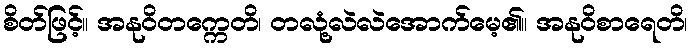
စိတ်ဖြင့်။ အနုဝိတက္ကေတိ၊ တလုံ့လဲလဲအောက်မေ့၏။ အနုဝိစာရေတိ၊